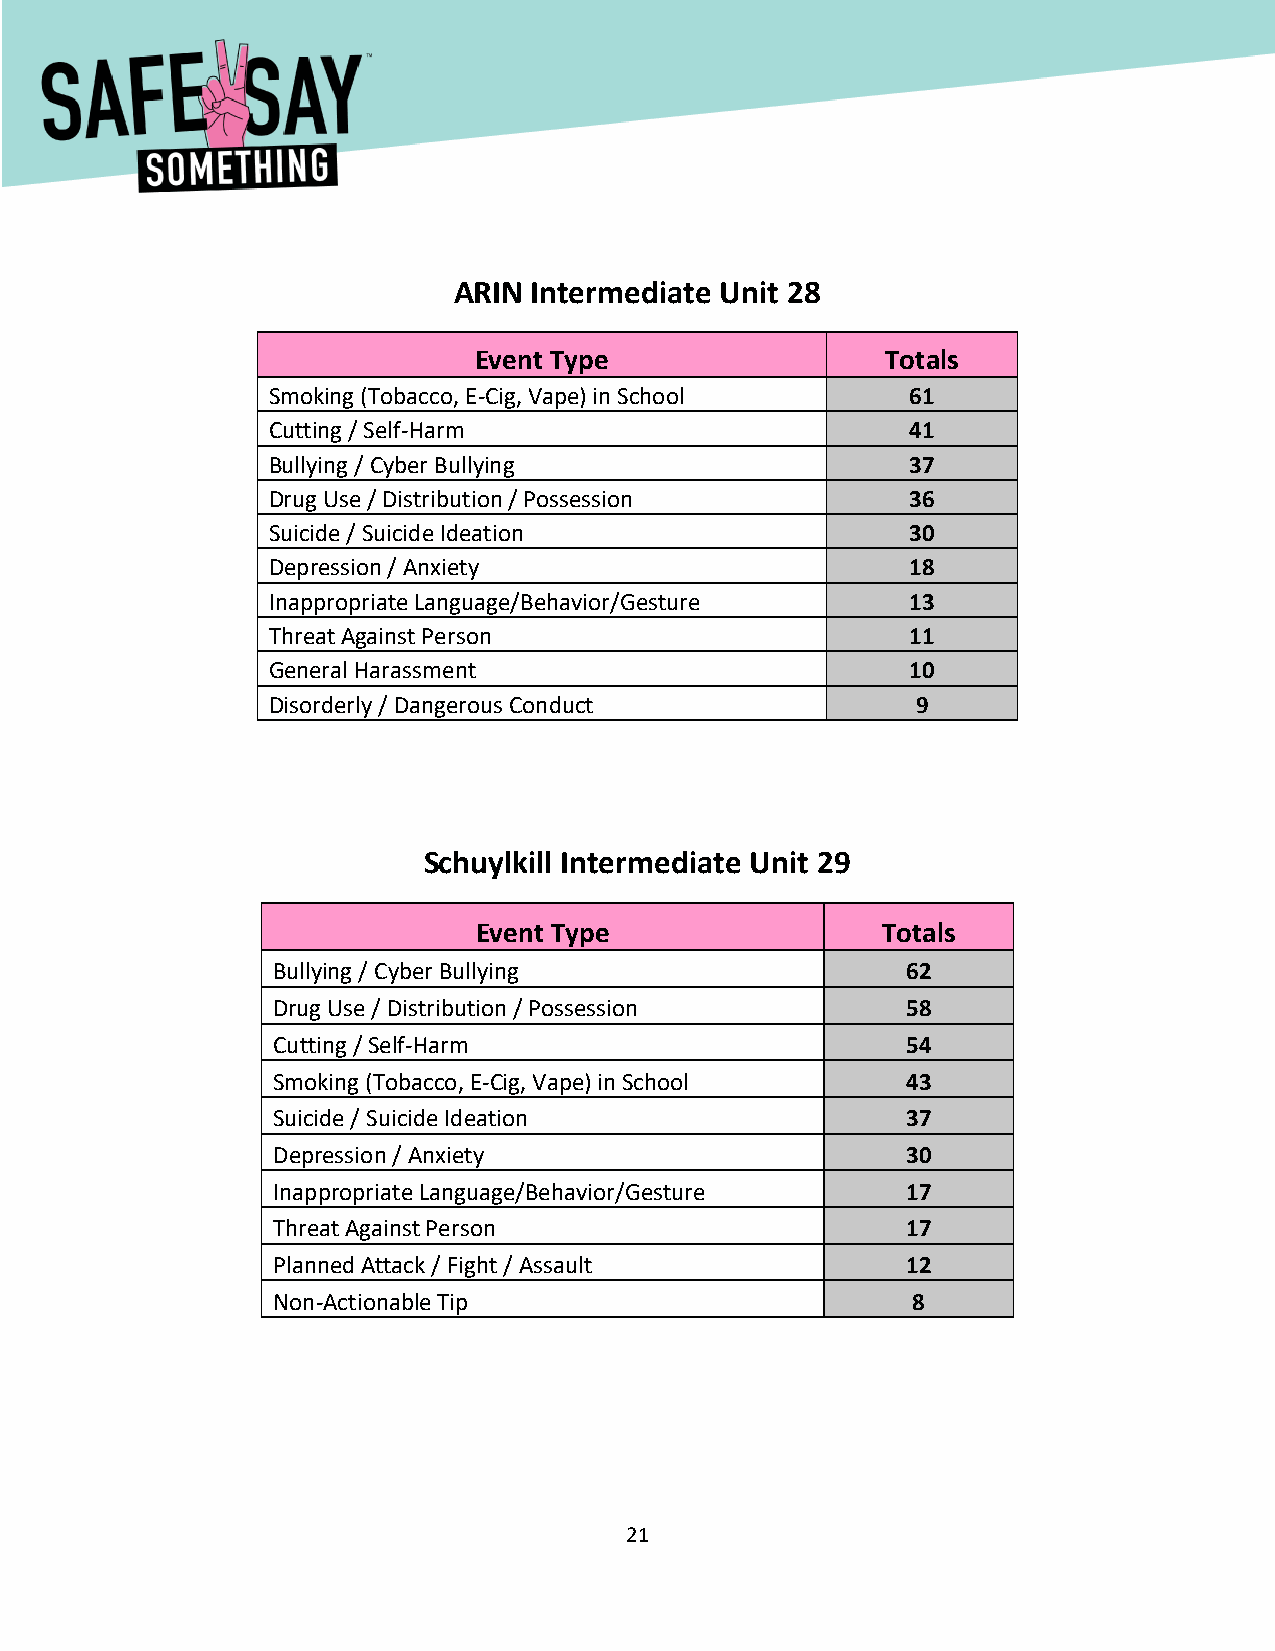
[Type here]
 ARIN Intermediate Unit 28
 Event Type                  Totals
 Smoking (Tobacco, E-Cig, Vape) in School  61
 Cutting / Self-Harm                       41
 Bullying / Cyber Bullying                 37
 Drug Use / Distribution / Possession      36
 Suicide / Suicide Ideation                30
 Depression / Anxiety                      18
 Inappropriate Language/Behavior/Gesture   13
 Threat Against Person                     11
 General Harassment                        10
 Disorderly / Dangerous Conduct             9
 Schuylkill Intermediate Unit 29
 Event Type                Totals
 Bullying / Cyber Bullying                 62
 Drug Use / Distribution / Possession      58
 Cutting / Self-Harm                       54
 Smoking (Tobacco, E-Cig, Vape) in School  43
 Suicide / Suicide Ideation                37
 Depression / Anxiety                      30
 Inappropriate Language/Behavior/Gesture   17
 Threat Against Person                     17
 Planned Attack / Fight / Assault          12
 Non-Actionable Tip                        8
 21